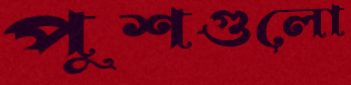
পুশগুলো